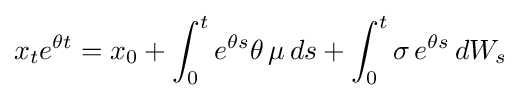
x_{t}e^{\theta t}=x_{0}+\int _{0}^{t}e^{\theta s}\theta \,\mu \,ds+\int _{0}^{t}\sigma \,e^{\theta s}\,dW_{s}